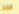
كوين